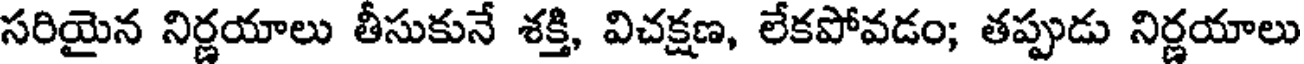
సరియైన నిర్ణయాలు తీసుకునే శక్తి, విచక్షణ, లేకపోవడం; తప్పుడు నిర్ణయాలు